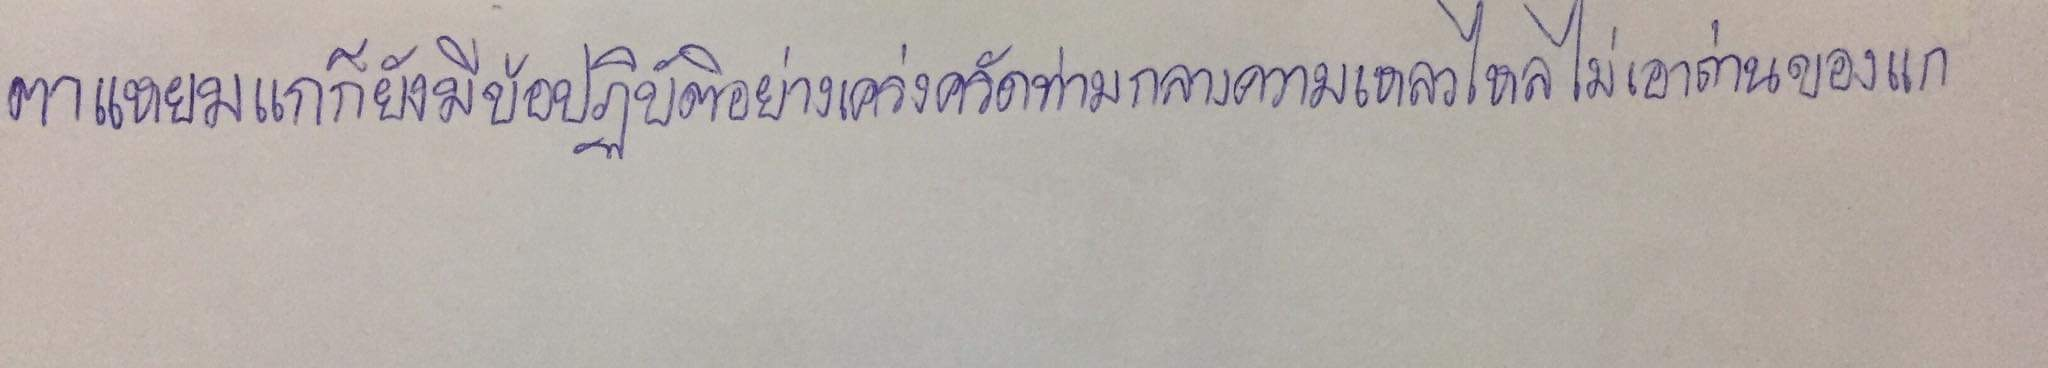
ตาแหยมแกก็ยังมีข้อปฏิบัติอย่างเคร่งครัดท่ามกลางความเหลวไหลไม่เอาถ่านของแก